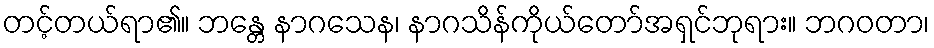
တင့်တယ်ရာ၏။ ဘန္တေ နာဂသေန၊ နာဂသိန်ကိုယ်တော်အရှင်ဘုရား။ ဘဂဝတာ၊